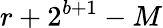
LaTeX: r+2^{b+1}-M